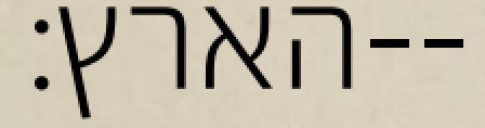
הארץ׃--